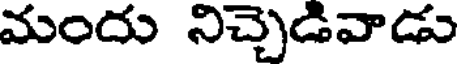
మందు నిచ్చెడివాడు